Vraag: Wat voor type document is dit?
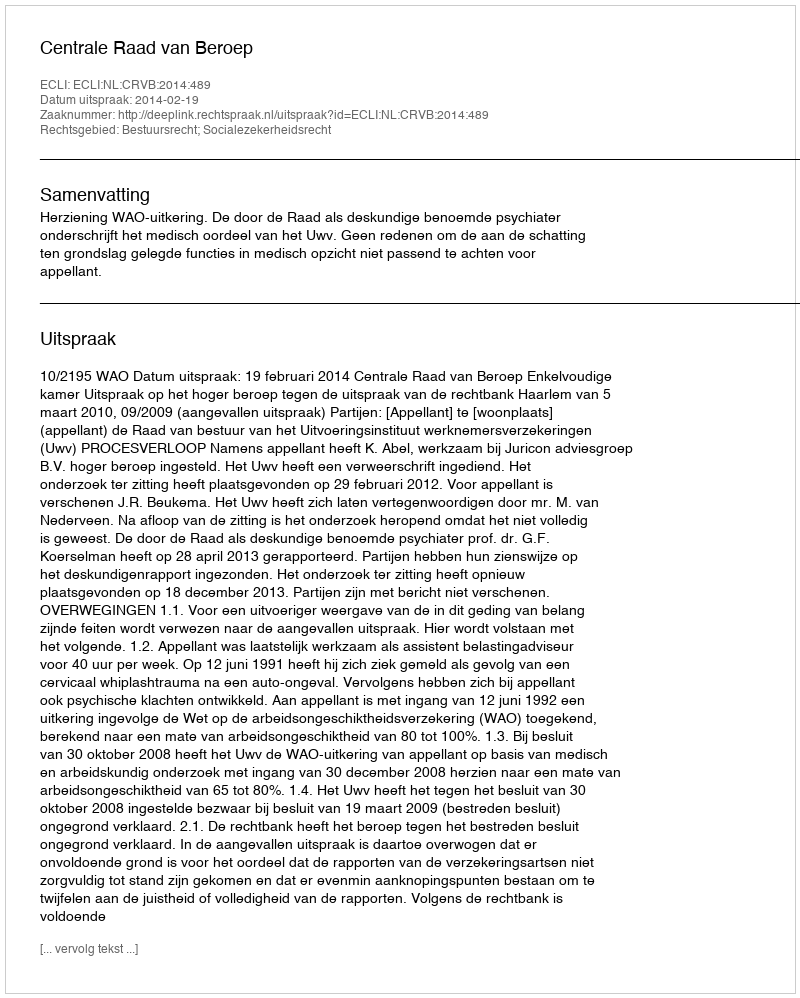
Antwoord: Uitspraak